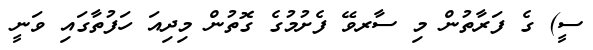
ސީ) ގެ ފަރާތުން މި ސާރވޭ ފެށުމުގެ ގޮތުން މިދިއަ ހަފުތާގައި ވަނީ